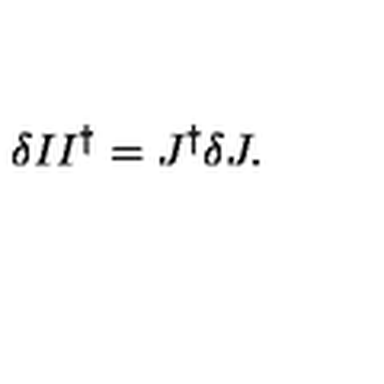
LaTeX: \delta I I ^ { \dagger } = J ^ { \dagger } \delta J .